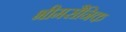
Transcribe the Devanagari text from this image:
भीमसैनिक